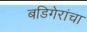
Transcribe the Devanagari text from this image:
बडिगेरांचा